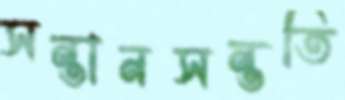
সন্তানসন্ততি